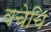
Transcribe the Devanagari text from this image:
वचेचि